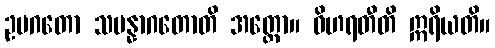
ဥပဂတော သမန္နာဂတောတိ အတ္ထော။ ဝိဟရတီတိ ဣရိယတိ။